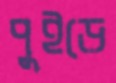
পুইড়ে